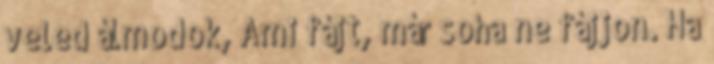
veled álmodok, Ami fájt, már soha ne fájjon. Ha